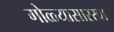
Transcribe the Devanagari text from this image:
गोळ्यासारखा